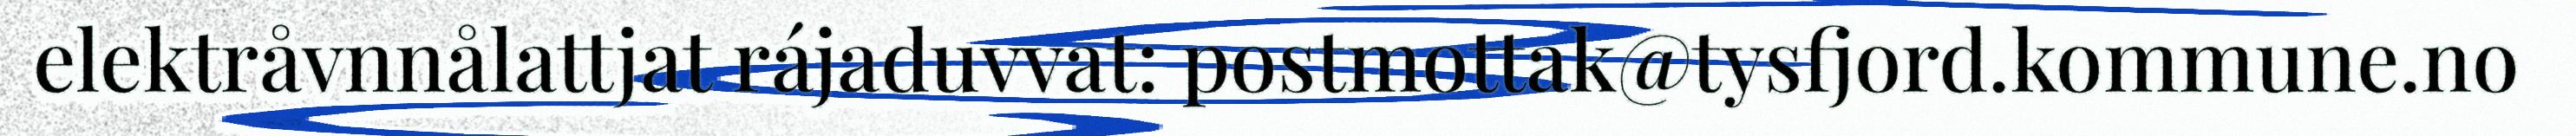
elektråvnnålattjat rájaduvvat: postmottak@tysfjord.kommune.no